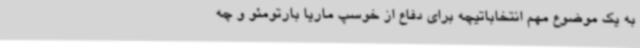
به یک موضوع مهم انتخاباتیچه برای دفاع از خوسپ ماریا بارتومئو و چه